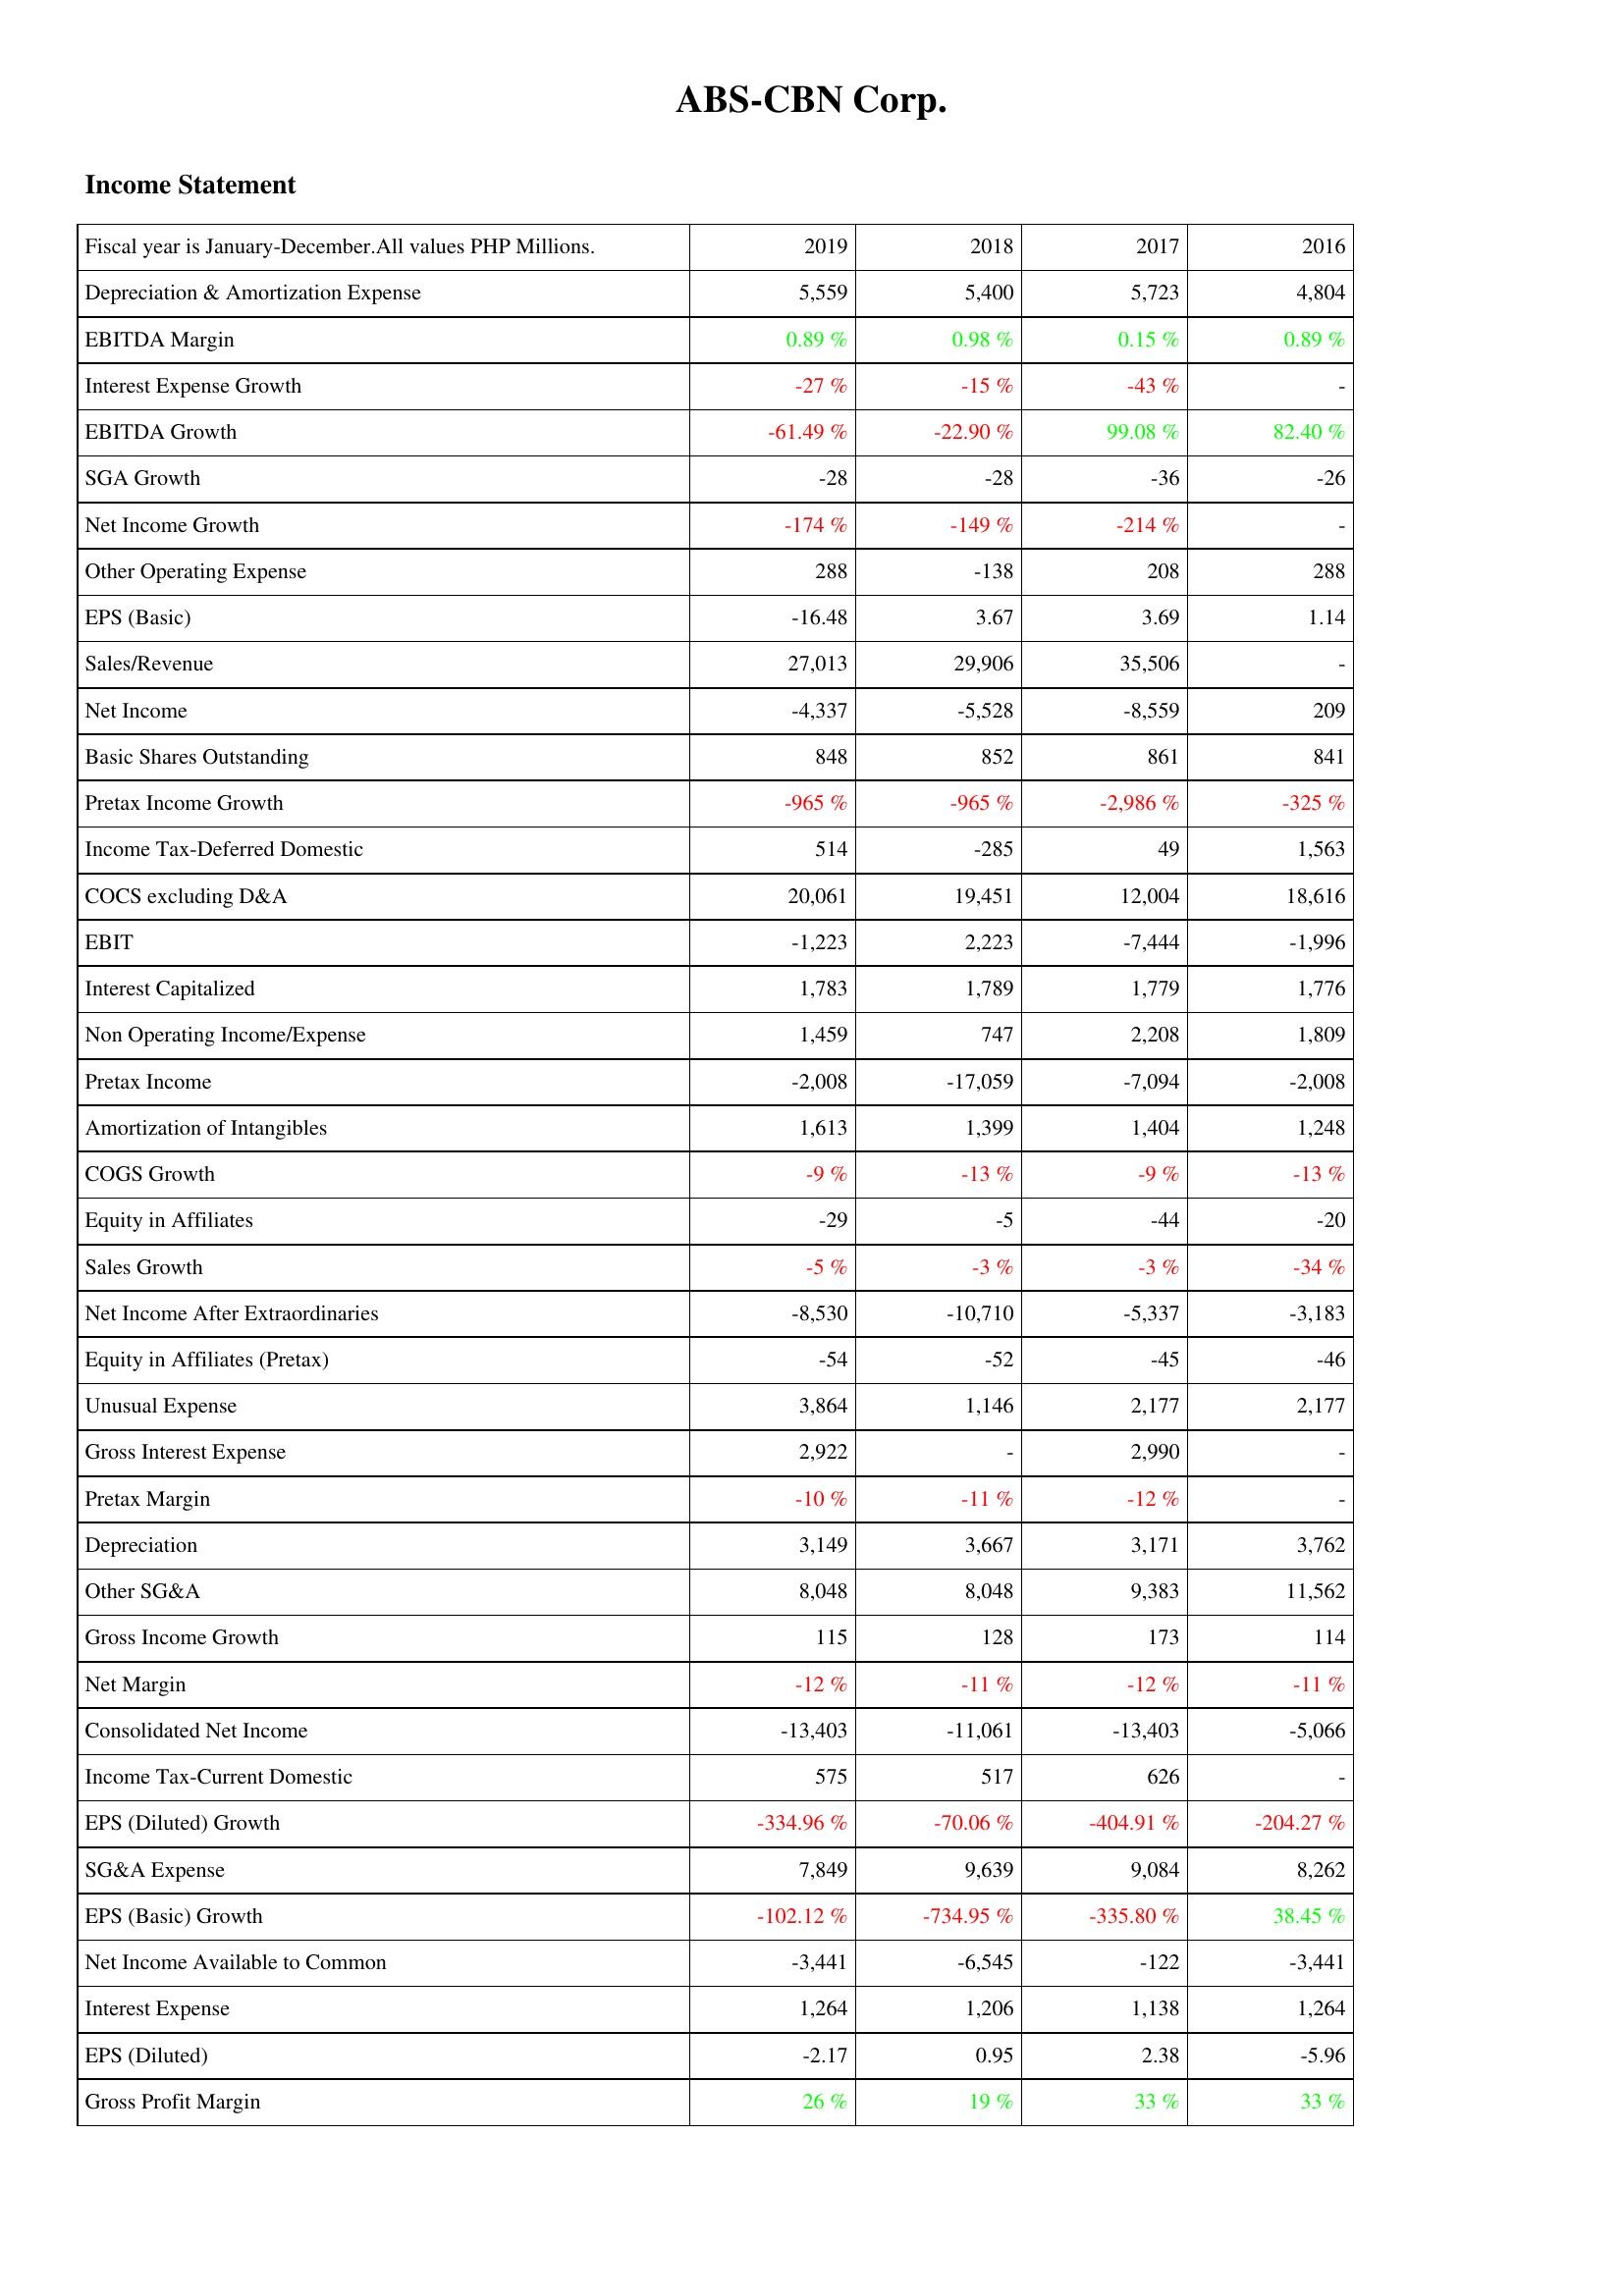
2019: Income Statement: Depreciation & Amortization Expense: 5,559
EBITDA Margin: 0.89 %
Interest Expense Growth: -27 %
EBITDA Growth: -61.49 %
SGA Growth: -28
Net Income Growth: -174 %
Other Operating Expense: 288
EPS (Basic): -16.48
Sales/Revenue: 27,013
Net Income: -4,337
Basic Shares Outstanding: 848
Pretax Income Growth: -965 %
Income Tax-Deferred Domestic: 514
COCS excluding D&A: 20,061
EBIT: -1,223
Interest Capitalized: 1,783
Non Operating Income/Expense: 1,459
Pretax Income: -2,008
Amortization of Intangibles: 1,613
COGS Growth: -9 %
Equity in Affiliates: -29
Sales Growth: -5 %
Net Income After Extraordinaries: -8,530
Equity in Affiliates (Pretax): -54
Unusual Expense: 3,864
Gross Interest Expense: 2,922
Pretax Margin: -10 %
Depreciation: 3,149
Other SG&A: 8,048
Gross Income Growth: 115
Net Margin: -12 %
Consolidated Net Income: -13,403
Income Tax-Current Domestic: 575
EPS (Diluted) Growth: -334.96 %
SG&A Expense: 7,849
EPS (Basic) Growth: -102.12 %
Net Income Available to Common: -3,441
Interest Expense: 1,264
EPS (Diluted): -2.17
Gross Profit Margin: 26 %
2018: Income Statement: Depreciation & Amortization Expense: 5,400
EBITDA Margin: 0.98 %
Interest Expense Growth: -15 %
EBITDA Growth: -22.90 %
SGA Growth: -28
Net Income Growth: -149 %
Other Operating Expense: -138
EPS (Basic): 3.67
Sales/Revenue: 29,906
Net Income: -5,528
Basic Shares Outstanding: 852
Pretax Income Growth: -965 %
Income Tax-Deferred Domestic: -285
COCS excluding D&A: 19,451
EBIT: 2,223
Interest Capitalized: 1,789
Non Operating Income/Expense: 747
Pretax Income: -17,059
Amortization of Intangibles: 1,399
COGS Growth: -13 %
Equity in Affiliates: -5
Sales Growth: -3 %
Net Income After Extraordinaries: -10,710
Equity in Affiliates (Pretax): -52
Unusual Expense: 1,146
Gross Interest Expense: -
Pretax Margin: -11 %
Depreciation: 3,667
Other SG&A: 8,048
Gross Income Growth: 128
Net Margin: -11 %
Consolidated Net Income: -11,061
Income Tax-Current Domestic: 517
EPS (Diluted) Growth: -70.06 %
SG&A Expense: 9,639
EPS (Basic) Growth: -734.95 %
Net Income Available to Common: -6,545
Interest Expense: 1,206
EPS (Diluted): 0.95
Gross Profit Margin: 19 %
2017: Income Statement: Depreciation & Amortization Expense: 5,723
EBITDA Margin: 0.15 %
Interest Expense Growth: -43 %
EBITDA Growth: 99.08 %
SGA Growth: -36
Net Income Growth: -214 %
Other Operating Expense: 208
EPS (Basic): 3.69
Sales/Revenue: 35,506
Net Income: -8,559
Basic Shares Outstanding: 861
Pretax Income Growth: -2,986 %
Income Tax-Deferred Domestic: 49
COCS excluding D&A: 12,004
EBIT: -7,444
Interest Capitalized: 1,779
Non Operating Income/Expense: 2,208
Pretax Income: -7,094
Amortization of Intangibles: 1,404
COGS Growth: -9 %
Equity in Affiliates: -44
Sales Growth: -3 %
Net Income After Extraordinaries: -5,337
Equity in Affiliates (Pretax): -45
Unusual Expense: 2,177
Gross Interest Expense: 2,990
Pretax Margin: -12 %
Depreciation: 3,171
Other SG&A: 9,383
Gross Income Growth: 173
Net Margin: -12 %
Consolidated Net Income: -13,403
Income Tax-Current Domestic: 626
EPS (Diluted) Growth: -404.91 %
SG&A Expense: 9,084
EPS (Basic) Growth: -335.80 %
Net Income Available to Common: -122
Interest Expense: 1,138
EPS (Diluted): 2.38
Gross Profit Margin: 33 %
2016: Income Statement: Depreciation & Amortization Expense: 4,804
EBITDA Margin: 0.89 %
Interest Expense Growth: -
EBITDA Growth: 82.40 %
SGA Growth: -26
Net Income Growth: -
Other Operating Expense: 288
EPS (Basic): 1.14
Sales/Revenue: -
Net Income: 209
Basic Shares Outstanding: 841
Pretax Income Growth: -325 %
Income Tax-Deferred Domestic: 1,563
COCS excluding D&A: 18,616
EBIT: -1,996
Interest Capitalized: 1,776
Non Operating Income/Expense: 1,809
Pretax Income: -2,008
Amortization of Intangibles: 1,248
COGS Growth: -13 %
Equity in Affiliates: -20
Sales Growth: -34 %
Net Income After Extraordinaries: -3,183
Equity in Affiliates (Pretax): -46
Unusual Expense: 2,177
Gross Interest Expense: -
Pretax Margin: -
Depreciation: 3,762
Other SG&A: 11,562
Gross Income Growth: 114
Net Margin: -11 %
Consolidated Net Income: -5,066
Income Tax-Current Domestic: -
EPS (Diluted) Growth: -204.27 %
SG&A Expense: 8,262
EPS (Basic) Growth: 38.45 %
Net Income Available to Common: -3,441
Interest Expense: 1,264
EPS (Diluted): -5.96
Gross Profit Margin: 33 %